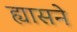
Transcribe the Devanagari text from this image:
ह्यासने